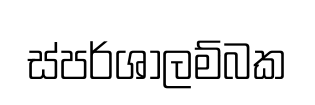
ස්පර්ශාලම්බක